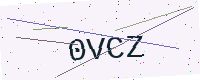
Text: 0VCZ